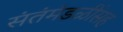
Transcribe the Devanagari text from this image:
संतंमंडळींसह